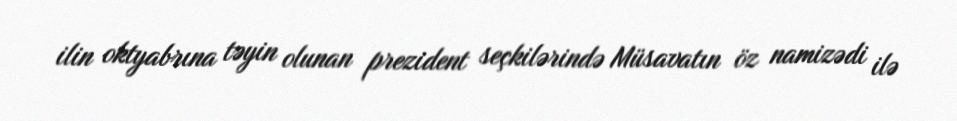
ilin oktyabrına təyin olunan prezident seçkilərində Müsavatın öz namizədi ilə